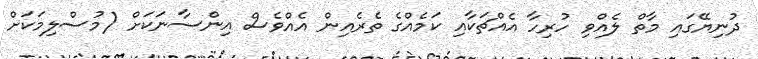
ދުނިޔޭގައި މާތް ލެއްވި ހުރިހާ އެއްޗަކާއި ކަމެއްގެ ތެރެއިން އެއްވެސް އިންސާނަކަށް (މުސްލިމަކަށް